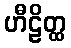
ဟီဠိတ္ထ